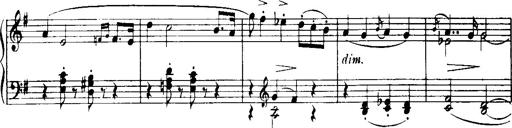
Title: Historische ungarische Bildnisse
Composer: Franz Liszt